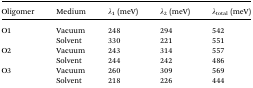
<table><thead><tr><td><b>Oligomer</b></td><td><b>Medium</b></td><td><b><i>λ</i><sub>1</sub> (meV)</b></td><td><b><i>λ</i><sub>2</sub> (meV)</b></td><td><b><i>λ</i><sub>total</sub> (meV)</b></td></tr></thead><tbody><tr><td rowspan="2">O1</td><td>Vacuum</td><td>248</td><td>294</td><td>542</td></tr><tr><td>Solvent</td><td>330</td><td>221</td><td>551</td></tr><tr><td rowspan="2">O2</td><td>Vacuum</td><td>243</td><td>314</td><td>557</td></tr><tr><td>Solvent</td><td>244</td><td>242</td><td>486</td></tr><tr><td rowspan="2">O3</td><td>Vacuum</td><td>260</td><td>309</td><td>569</td></tr><tr><td>Solvent</td><td>218</td><td>226</td><td>444</td></tr></tbody></table>